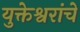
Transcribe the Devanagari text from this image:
युक्तेश्वरांचे